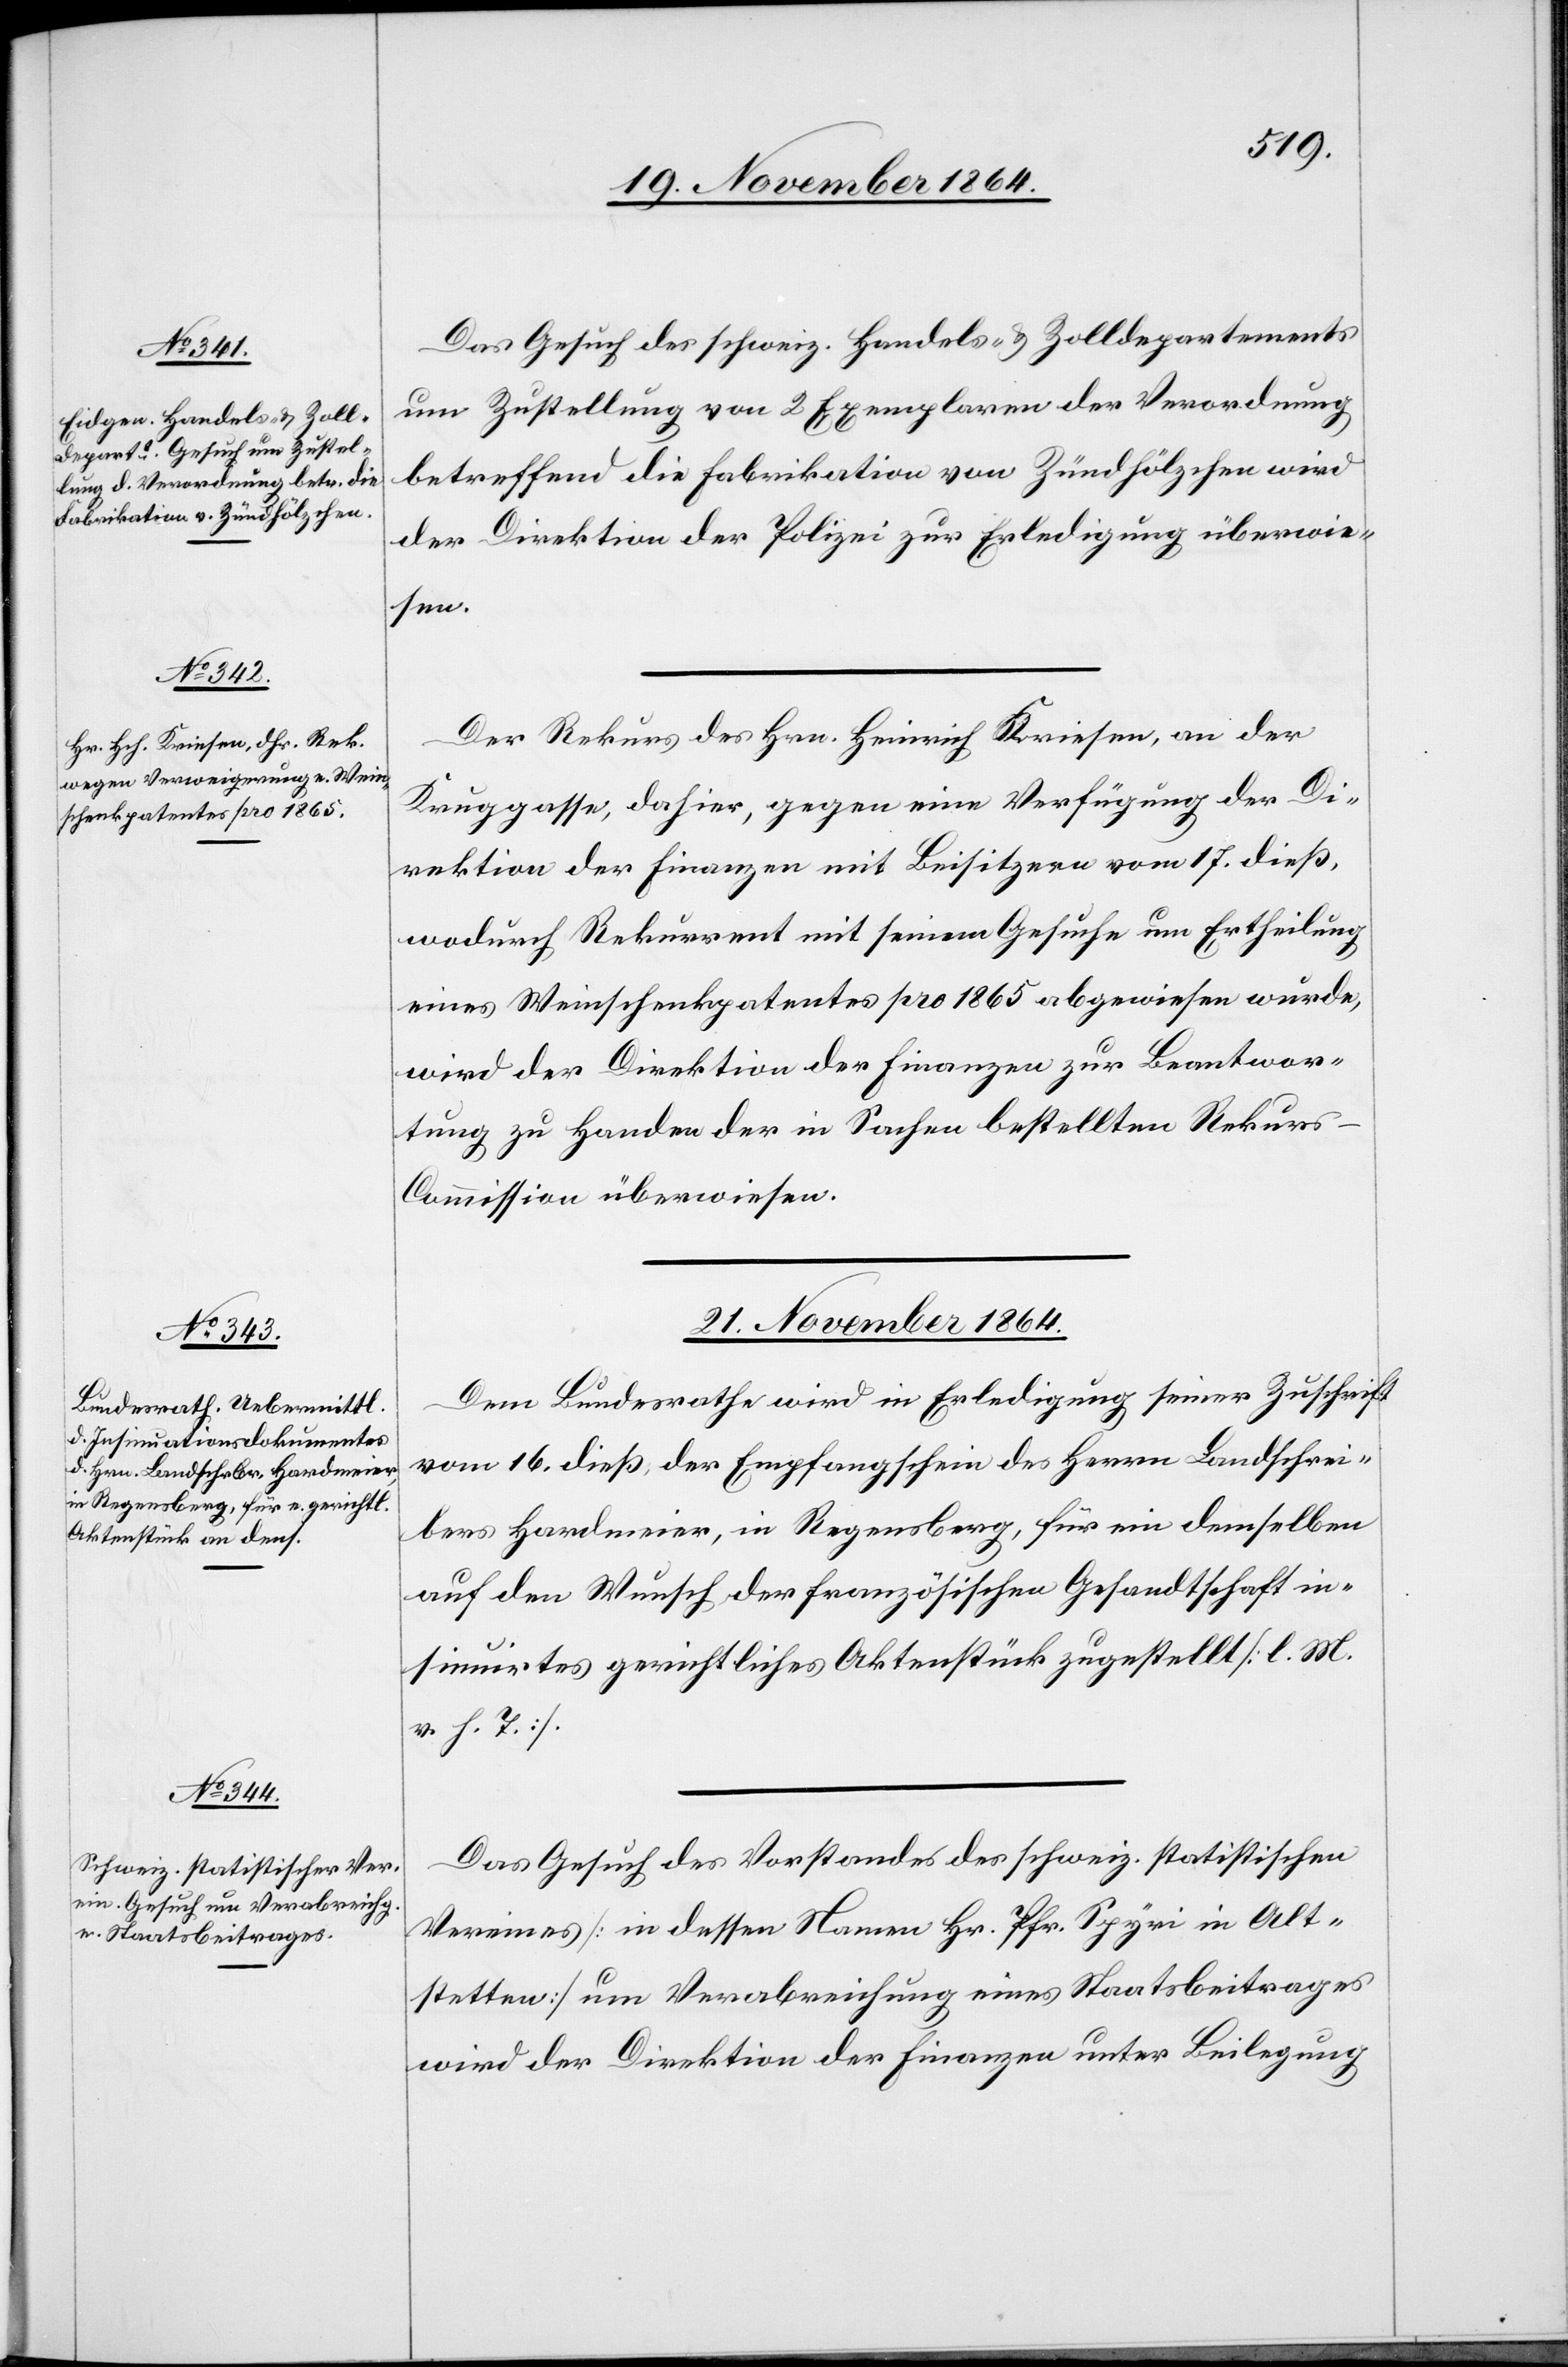
19. November 1864.]
Das Gesuch des schweiz. Handels- & Zolldepartements
um Zustellung von 2 Exemplaren der Verordnung
betreffend die Fabrikation von Zündhölzchen wird
esen.
Der Rekurs des Hrn. Heinrich Krieser, an der
Kruggasse, dahier, gegen eine Verfügung der Di¬
rektion der Finanzen mit Beisitzern vom 17. dieß,
wodurch Rekurrent mit seinem Gesuche um Ertheilung
eines Weinschenkpatentes pro 1865 abgewiesen wurde,
wird der Direktion der Finanzen zur Beantwor¬
tung zu Handen der in Sachen bestellten Rekur¬
s-Commission überwiesen.
21. November 1864.]
Dem Bundesrathe wird in Erledigung seiner Zuschrift
überwi¬
vom 16. dieß der Empfangschein des Herrn Landschrei¬
bers Hardmeier, in Regensberg, für ein demselben
auf den Wunsch der französischen Gesandtschaft in¬
sinuirtes gerichtliches Aktenstück zugestellt [l. M.
v. h. T.].
Das Gesuch des Vorstandes des schweiz. statistischen
Vereines [in dessen Namen Hr. Pfr. Spyri in Alt¬
stetten] um Verabreichung eines Staatsbeitrages
wird der Direktion der Finanzen unter Beilegung